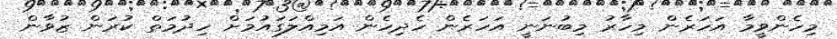
މިހެންވީމާ އަހަރެން މިހާރު މިބުނަނީ އަހަރެން ހެދިހެން އަމިއްލަގައުމަށް ހިދުމަތް ކުރަން ޒުވާން